Indian Civil Veterinary Department memoirs
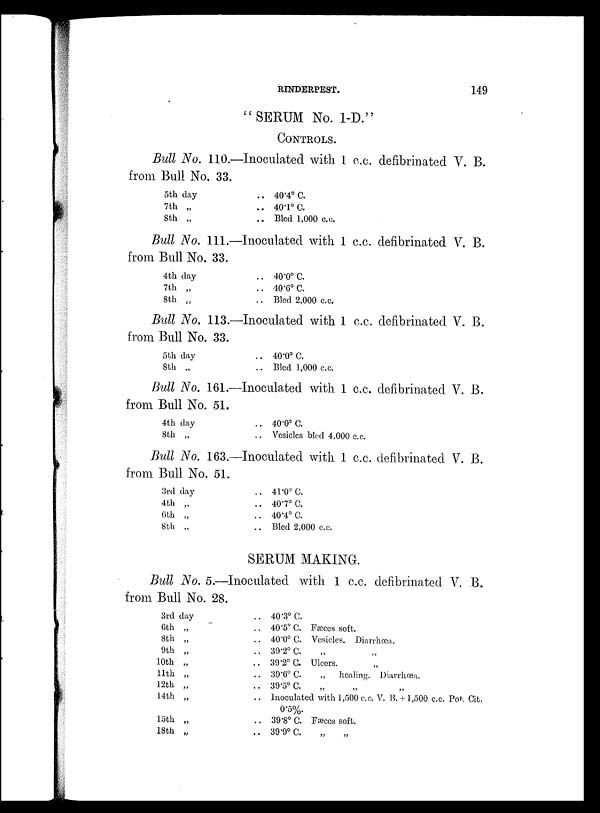
RINDERPEST.
149
"SERUM No. 1-D."
CONTROLS.
Bull No. 110.—Inoculated with 1 c.c. defibrinated V. B.
from Bull No. 33.
5th day
7th „
8th „
.. 40.4º C.
.. 40.1º C.
.. Bled 1,000 c.c.
Bull No. 111.—Inoculated with 1 c.c. defibrinated V. B.
from Bull No. 33.
4th day
7th „
8th „
.. 40.0º C.
.. 40.6º C.
.. Bled 2,000 c.c.
Bull No. 113.—Inoculated with 1 c.c. defibrinated V. B.
from Bull No. 33.
5th day
8th „
.. 40.0º C.
.. Bled 1,000 c.c.
Bull No. 161.—Inoculated with 1 c.c. defibrinated V. B.
from Bull No. 51.
4th day
8th „
.. 40.0º C.
.. Vesicles bled 4,000 c.c.
Bull No. 163.—Inoculated with 1 c.c. defibrinated V. B.
from Bull No. 51.
3rd day
4th „
6th „
8th „
.. 41.0º C.
.. 40.7º C.
.. 40.4º C.
.. Bled 2,000 c.c.
SERUM MAKING.
Bull No. 5.—Inoculated with 1 c.c. defibrinated V. B.
from Bull No. 28.
3rd day
6th „
8th „
9th „
10th „
11th „
12th „
14th „
10th „
18th „
.. 40.3º C.
.. 40.5º C. Fæces soft.
.. 40.0º C. Vesicles. Diarrhœa.
.. 39.2º C. „ „
.. 39.2º C. Ulcers. „
.. 39.6º C.
„
healing. Diarrhœa.
.. 39.5ºC. „ „ „
.. Inoculated with 1,500 c.c. V. B.+1,500 c.c. Po.. Cit.
0.5%.
.. 39.8º C. Fæces soft.
.. 39.9º C. „ „